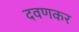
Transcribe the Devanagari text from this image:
दवणकर